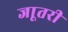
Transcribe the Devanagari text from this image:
जाूतरी